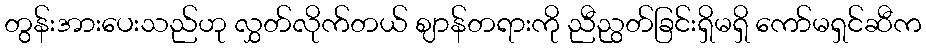
တွန်းအားပေးသည်ဟု လွှတ်လိုက်တယ် ဈာန်တရားကို ညီညွတ်ခြင်းရှိမရှိ ကော်မရှင်ဆီက